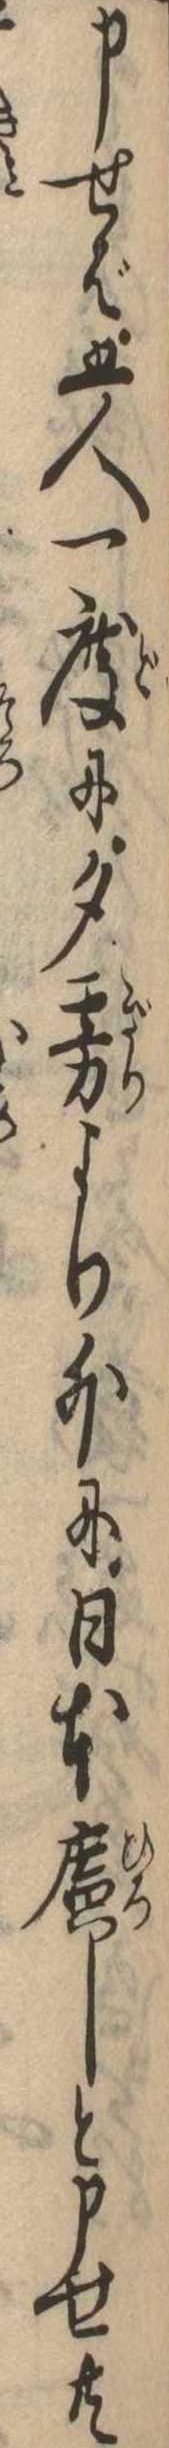
申せば五人一度に夕霧より外に日本広しと申せ共